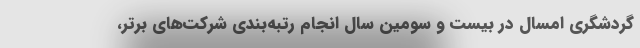
گردشگری امسال در بیست و سومین سال انجام رتبه‌بندی شرکت‌های برتر،